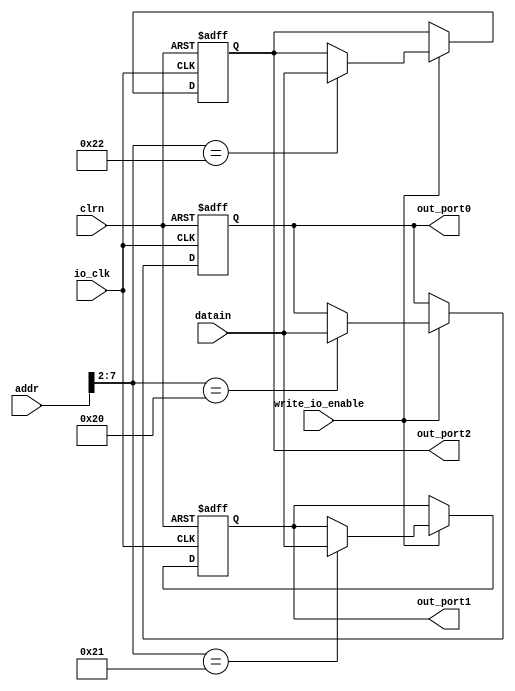
module io_output_reg(addr,datain,write_io_enable,io_clk,clrn,out_port0,out_port1,out_port2);

	input [31:0] addr, datain;
	input write_io_enable, io_clk;
	input clrn;
	//reset signal. if necessary,can use this signal to reset the output to 0. 
	output [31:0] out_port0, out_port1, out_port2;
	reg [31:0] out_port0, out_port1, out_port2;
	
	always @(posedge io_clk or negedge clrn)
	begin
		if(clrn == 0)
		begin
			out_port0 <= 0;
			out_port1 <= 0;
			out_port2 <= 0;
		end
		else
		begin
			if(write_io_enable == 1)
			case(addr[7:2])
				6'b100000: out_port0 <= datain;//80h
				6'b100001: out_port1 <= datain;//84h
				6'b100010: out_port2 <= datain;//88h
			endcase
		end
	end
endmodule